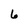
Character: 6